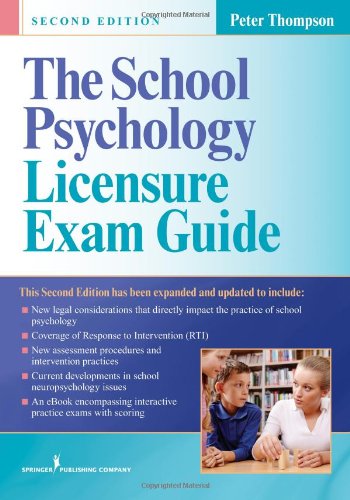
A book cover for The School Psychology Licensure Exam Guide, Second Edition; Peter Thompson PhD; Test Preparation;